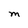
Character: M